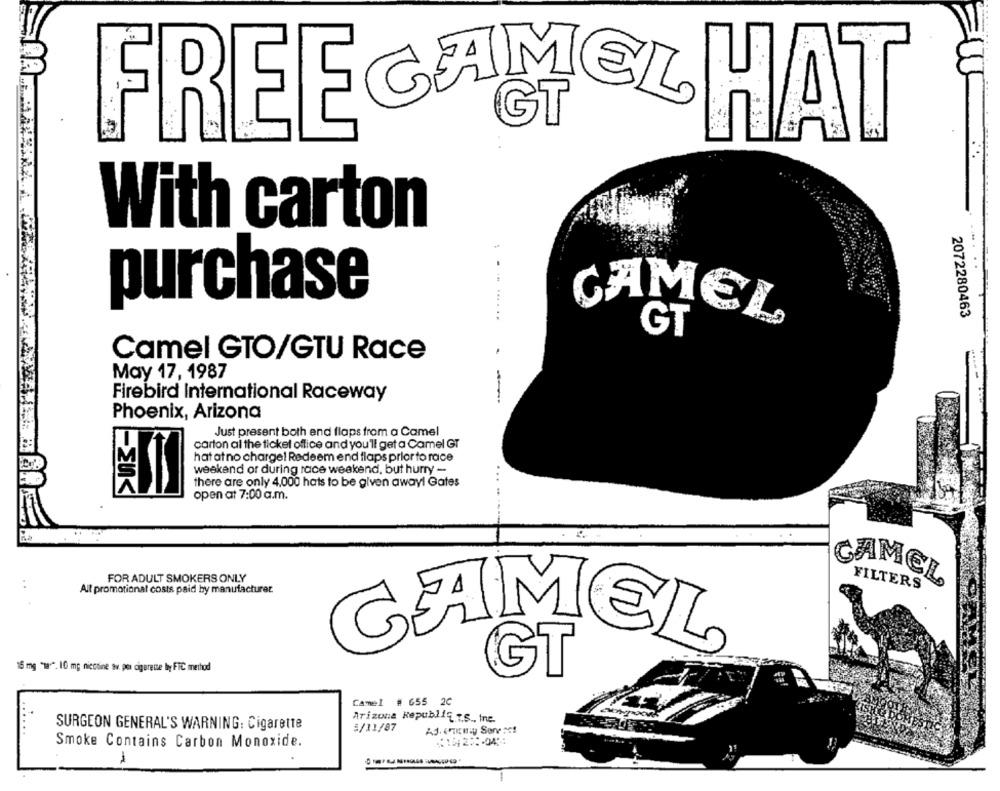
FREE CAMELHAT
With carton
purchase
2072280463
CAMEL
GT
Camel GTO/GTU Race
May 17, 1987
Firebird International Raceway
-
Phoenix, Arizona
Just present both end flaps from a Camel
carton al the ticket office and you'll get a Camel GT
hatatno charge! Redeem end flaps prior to race
weekend or during race weekend, but hurry -
there are only 4,000 hats to be given away! Gates
-EU<
open at 7:00 a.m.
FOR ADULT SMOKERS ONLY
CAMEL
..
All promotional costs paid by manufacturer
FILTERS
CAMEL
15 mg "w". 10 mg nicotine av. poi cigarette by FTC method
GT
Camel # 655 2C
Arizona Republif ts, inc.
....
SURGEON GENERAL'S WARNING: Cigarette
5/11/87
Smoke Contains Carbon Monoxide.
A